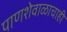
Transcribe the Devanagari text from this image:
पाणशेवाळाचाही